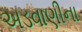
અડવાણીના